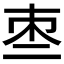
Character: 𠄬